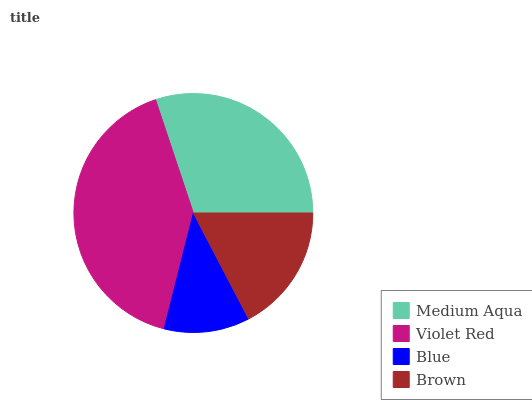
| Medium Aqua | Violet Red | Blue | Brown |
 | --- | --- | --- | --- |
 | 30.1% | 40.9% | 11.6% | 17.4% |